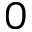
0